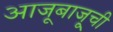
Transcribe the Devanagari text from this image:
आजूबाजू्ची